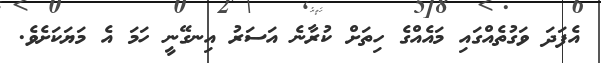
އެފަދަ ވަގުތެއްގައި މައެއްގެ ހިތަށް ކުރާނެ އަސަރު އިނގޭނީ ހަމަ އެ މަޔަކަށެވެ.